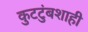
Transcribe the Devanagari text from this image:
कुटटुंबशाही